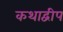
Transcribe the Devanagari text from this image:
कथाद्वीप